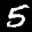
Label: 5